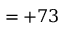
= + 7 3